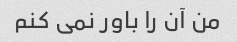
من آن را باور نمی کنم